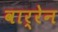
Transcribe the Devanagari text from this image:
वार्रेन